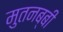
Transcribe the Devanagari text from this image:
मुतनब्बी